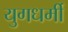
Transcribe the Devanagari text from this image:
युगधर्मी